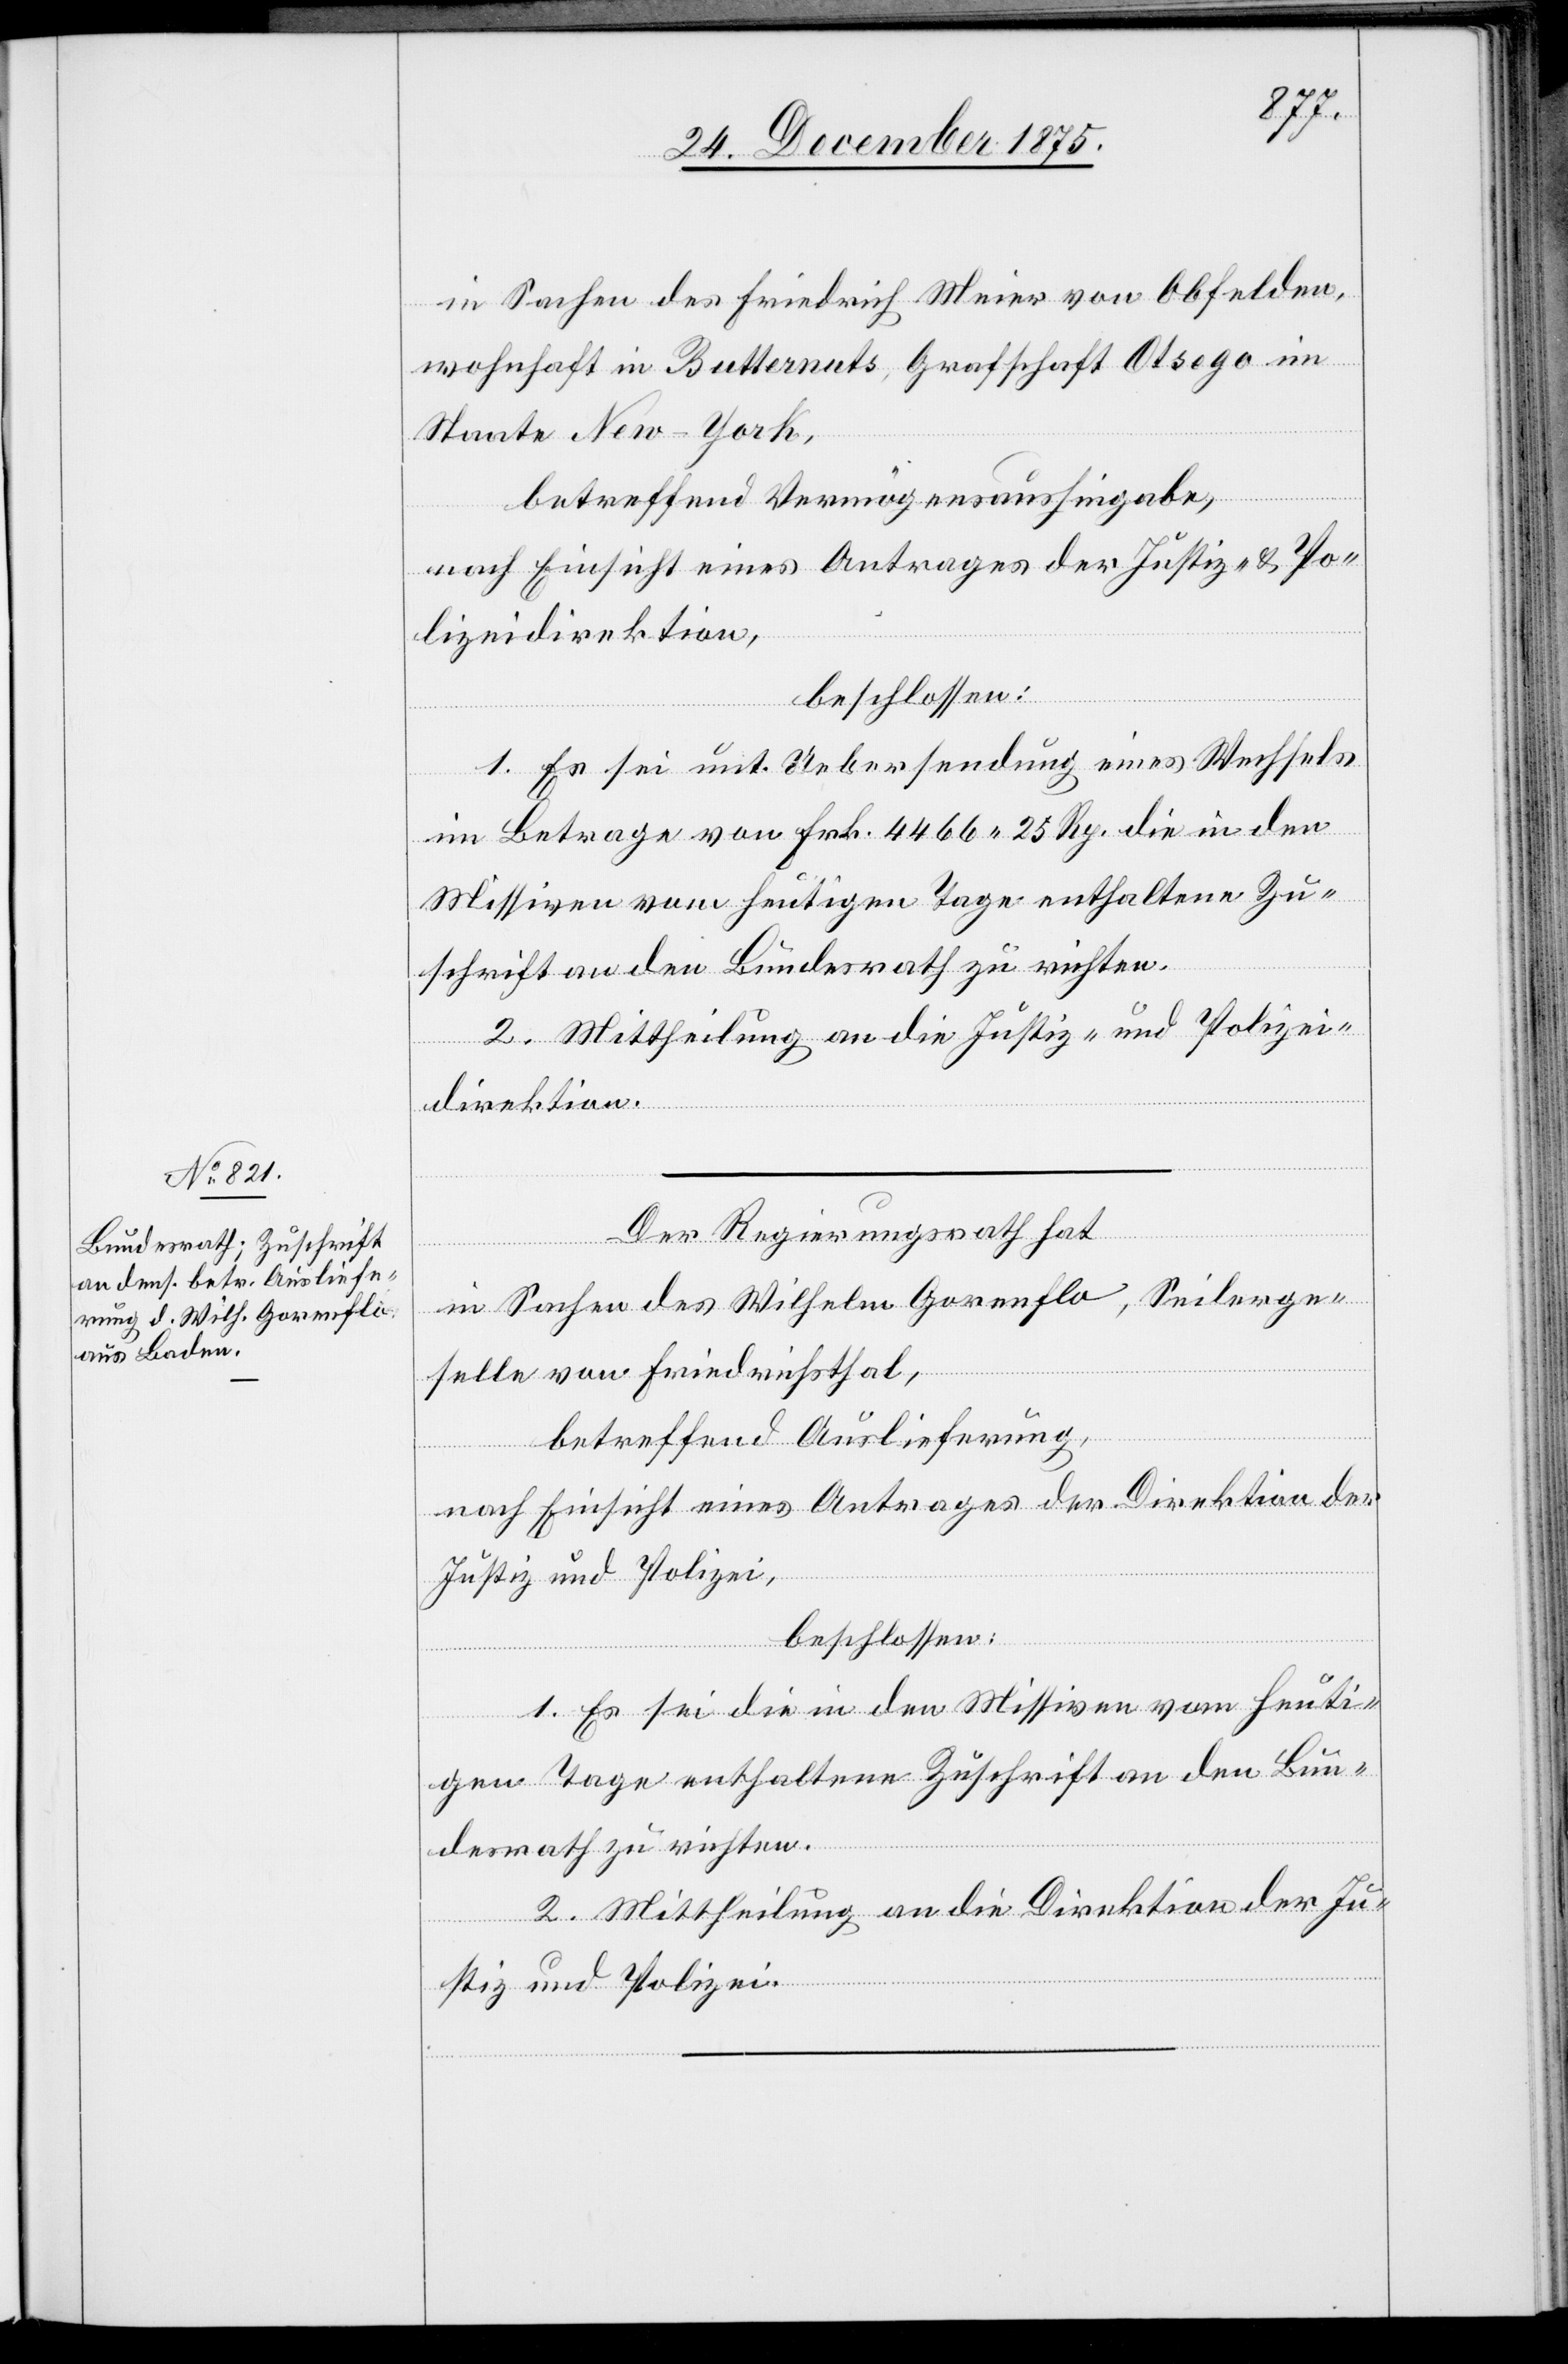
in Sachen des Friedrich Meier von Obfelden,
wohnhaft in Butternuts, Grafschaft Otsego im
Staate New-York,
betreffend Vermögensaushingabe,
nach Einsicht eines Antrages der Justiz- und Po¬
lizeidirektion,
beschlossen:
1. Es sei unt. Uebersendung eines Wechsels
im Betrage von Frk. 4466 25 Rp. die in den
Missiven vom heutigen Tage enthaltene Zu¬
schrift an den Bundesrath zu richten.
2. Mittheilung an die Justiz- und Polizei¬
direktion.
Der Regierungsrath hat
in Sachen des Wilhelm Gorenflo, Seilerge¬
selle von Friedrichsthal,
betreffend Auslieferung,
nach Einsicht eines Antrages der Direktion der
Justiz und Polizei,
beschlossen:
1. Es sei die in den Missiven vom heuti¬
gen Tage enthaltene Zuschrift an den Bun¬
desrath zu richten.
2. Mittheilung an die Direktion der Ju¬
stiz und Polizei.